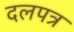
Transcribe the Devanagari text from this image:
दलपत्र